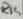
Text: R15